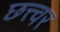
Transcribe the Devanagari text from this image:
छत्त्वर